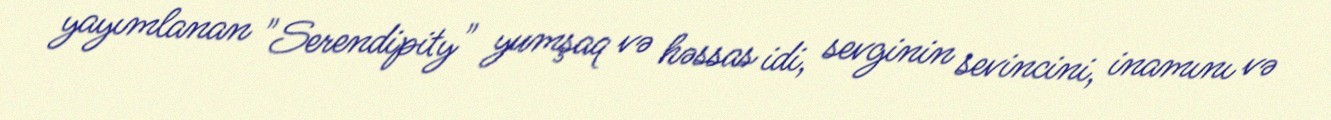
yayımlanan "Serendipity" yumşaq və həssas idi, sevginin sevincini, inamını və